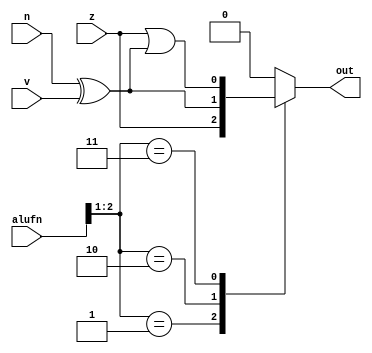
/*
   This file was generated automatically by the Mojo IDE version B1.3.6.
   Do not edit this file directly. Instead edit the original Lucid source.
   This is a temporary file and any changes made to it will be destroyed.
*/

module comparator_12 (
    output reg out,
    input [5:0] alufn,
    input z,
    input v,
    input n
  );
  
  
  
  always @* begin
    
    case (alufn[1+1-:2])
      2'h1: begin
        out = z;
      end
      2'h2: begin
        out = n ^ v;
      end
      2'h3: begin
        out = z | (n ^ v);
      end
      default: begin
        out = 1'h0;
      end
    endcase
  end
endmodule